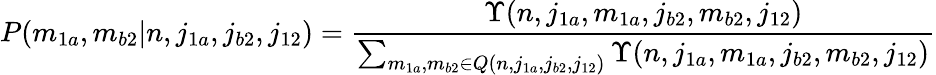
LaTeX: P(m_{1a},m_{b2}|n,j_{1a},j_{b2},j_{12})=\frac{\Upsilon(n,j_{1a},m_{1a},j_{b2},m_{b2},j_{12})}{\sum_{m_{1a},m_{b2}\in Q(n,j_{1a},j_{b2},j_{12})}\Upsilon(n,j_{1a},m_{1a},j_{b2},m_{b2},j_{12})}